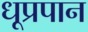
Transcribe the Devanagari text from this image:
धूप्रपान